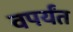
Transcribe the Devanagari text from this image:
वपर्यंत